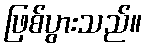
ဖြစ်ပွားသည်။